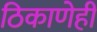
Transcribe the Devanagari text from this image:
ठिकाणेही